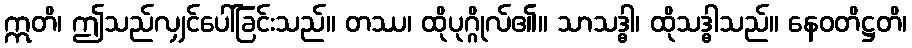
ဣတိ၊ ဤသည်လျှင်ပေါ်ခြင်းသည်။ တဿ၊ ထိုပုဂ္ဂိုလ်၏။ သာသဒ္ဓါ၊ ထိုသဒ္ဓါသည်။ နေဝတိဋ္ဌတိ၊